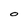
Character: 0